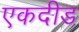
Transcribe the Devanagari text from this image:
एकदीड